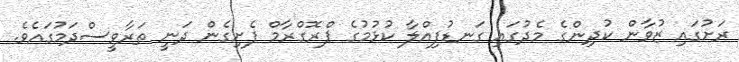
ރަށުގައި ޒުވާން ކުދިންގެ މެދުގައި ގަނޑުފިއްލާ ކުޅުމުގެ ޕްރޮގްރާމް ފެށިގެން ދަނީ ތަރާވީސްދަމުގައެވެ.